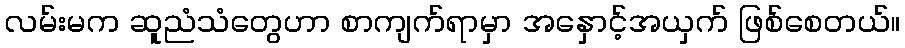
လမ်းမက ဆူညံသံတွေဟာ စာကျက်ရာမှာ အနှောင့်အယှက် ဖြစ်စေတယ်။